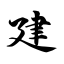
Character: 建